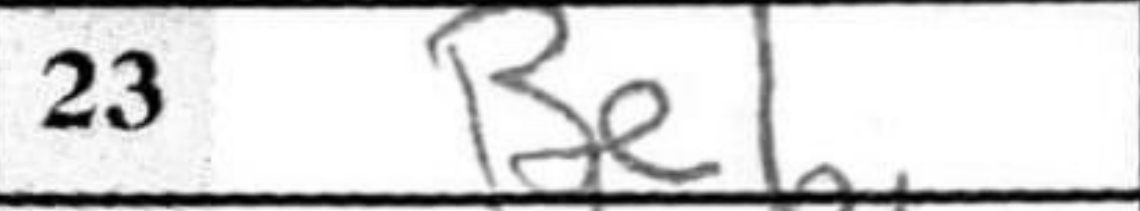
Transcription: Be1